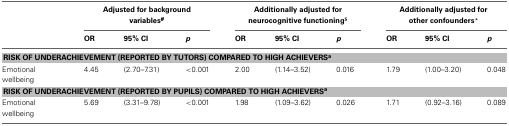
<table><thead><tr><td></td><td colspan="3"><b>Adjusted for background variables<sup>#</sup></b></td><td colspan="3"><b>Additionally adjusted for neurocognitive functioning<sup>$</sup></b></td><td colspan="3"><b>Additionally adjusted for other confounders<sup>*</sup></b></td></tr><tr><td></td><td><b>OR</b></td><td><b>95% CI</b></td><td><b><i>p</i></b></td><td><b>OR</b></td><td><b>95% CI</b></td><td><b><i>p</i></b></td><td><b>OR</b></td><td><b>95% CI</b></td><td><b><i>p</i></b></td></tr></thead><tbody><tr><td colspan="10"><b>RISK OF UNDERACHIEVEMENT (REPORTED BY TUTORS) COMPARED TO HIGH ACHIEVERS<sup>a</sup></b></td></tr><tr><td>Emotional wellbeing</td><td>4.45</td><td>(2.70–7.31)</td><td>&lt;0.001</td><td>2.00</td><td>(1.14–3.52)</td><td>0.016</td><td>1.79</td><td>(1.00–3.20)</td><td>0.048</td></tr><tr><td colspan="10"><b>RISK OF UNDERACHIEVEMENT (REPORTED BY PUPILS) COMPARED TO HIGH ACHIEVERS<sup>a</sup></b></td></tr><tr><td>Emotional wellbeing</td><td>5.69</td><td>(3.31–9.78)</td><td>&lt;0.001</td><td>1.98</td><td>(1.09–3.62)</td><td>0.026</td><td>1.71</td><td>(0.92–3.16)</td><td>0.089</td></tr></tbody></table>